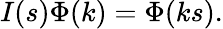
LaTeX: I(s)\Phi(k)=\Phi(ks).